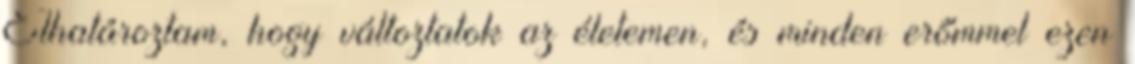
Elhatároztam, hogy változtatok az életemen, és minden erőmmel ezen